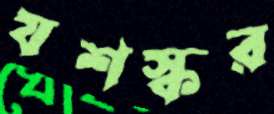
যশস্কর